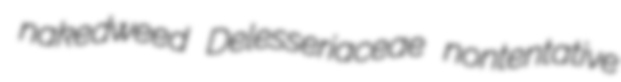
nakedweed Delesseriaceae nontentative